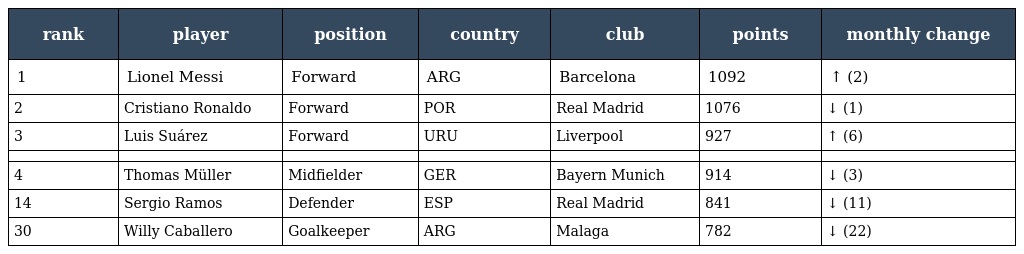
| rank | player | position | country | club | points | monthly change |
 | --- | --- | --- | --- | --- | --- | --- |
 | 1 | Lionel Messi | Forward | ARG | Barcelona | 1092 | ↑ (2) |
 | 2 | Cristiano Ronaldo | Forward | POR | Real Madrid | 1076 | ↓ (1) |
 | 3 | Luis Suárez | Forward | URU | Liverpool | 927 | ↑ (6) |
 |  |  |  |  |  |  |  |
 | 4 | Thomas Müller | Midfielder | GER | Bayern Munich | 914 | ↓ (3) |
 | 14 | Sergio Ramos | Defender | ESP | Real Madrid | 841 | ↓ (11) |
 | 30 | Willy Caballero | Goalkeeper | ARG | Malaga | 782 | ↓ (22) |